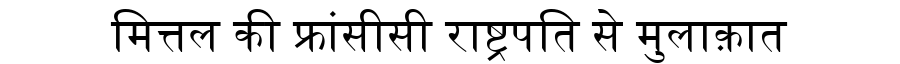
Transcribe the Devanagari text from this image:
मित्तल की फ्रांसीसी राष्ट्रपति से मुलाक़ात